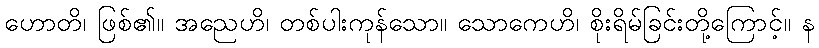
ဟောတိ၊ ဖြစ်၏။ အညေဟိ၊ တစ်ပါးကုန်သော။ သောကေဟိ၊ စိုးရိမ်ခြင်းတို့ကြောင့်။ န